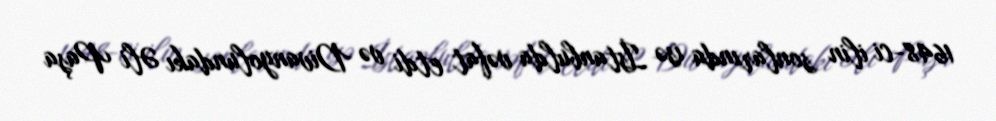
1648-ci ilin sonlarında isə İstanbulda vəfat etdi və Divanyolundakı Əli Paşa